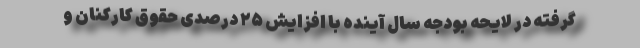
گرفته در لایحه بودجه سال آینده با افزایش ۲۵ درصدی حقوق کارکنان و